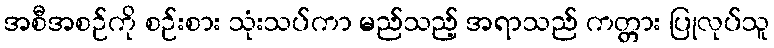
အစီအစဉ်ကို စဉ်းစား သုံးသပ်ကာ မည်သည့် အရာသည် ကတ္တား ပြုလုပ်သူ